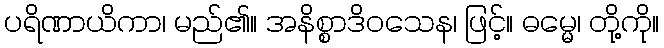
ပရိဏာယိကာ၊ မည်၏။ အနိစ္စာဒိဝသေန၊ ဖြင့်။ ဓမ္မေ၊ တို့ကို။